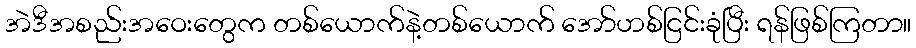
အဲဒီအစည်းအဝေးတွေက တစ်ယောက်နဲ့တစ်ယောက် အော်ဟစ်ငြင်းခုံပြီး ရန်ဖြစ်ကြတာ။